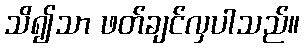
သိ၍သာ ဖတ်ချင်လှပါသည်။